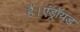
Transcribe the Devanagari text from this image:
हैं।एंड्रॉयड